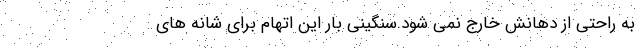
به راحتی از دهانش خارج نمی شود.سنگینی بار این اتهام برای شانه های